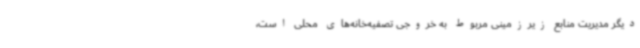
دیگر مدیریت منابع زیرزمینی مربوط به خروجی تصفیه‌خانه‌های محلی است،